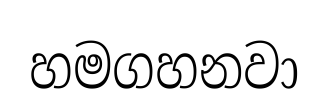
හමගහනවා